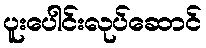
ပူးပေါင်းလုပ်ဆောင်